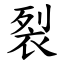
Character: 裂